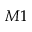
M 1